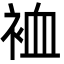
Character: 裇